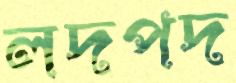
লদপদ